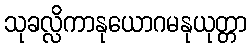
သုခလ္လိကာနုယောဂမနုယုတ္တာ